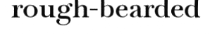
rough-bearded